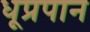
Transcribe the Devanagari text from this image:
धूप्रपान